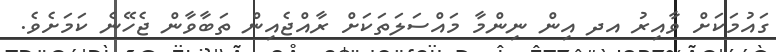
ގައުމަކަށް ވާއިރު އދ އިން ނިންމާ މައްސަލަތަކަށް ރާއްޖެއިން ތަބާވާން ޖެހޭނެ ކަމަށެވެ.